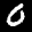
Label: 0